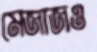
মেজাজও